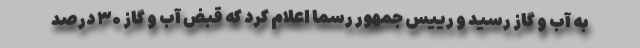
به آب و گاز رسید و رییس جمهور رسما اعلام کرد که قبض آب و گاز ۳۰ درصد